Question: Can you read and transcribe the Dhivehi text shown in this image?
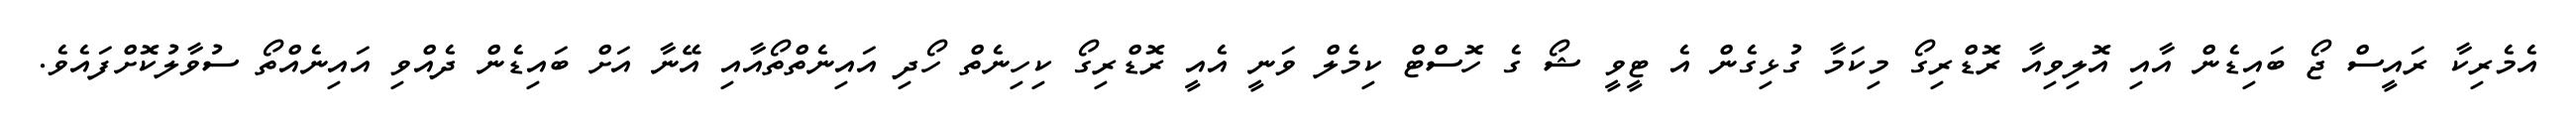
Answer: އެމެރިކާ ރައީސް ޖޯ ބައިޑެން އާއި އޮލިވިއާ ރޮޑްރިގޯ މިކަމާ ގުޅިގެން އެ ޓީވީ ޝޯ ގެ ހޮސްޓް ކިމެލް ވަނީ އެއީ ރޮޑްރިގޯ ކިހިނެތް ހޯދި އައިނެތްތޯއާއި އޭނާ އަށް ބައިޑެން ދެއްވި އައިނެއްތޯ ސުވާލުކޮށްފައެވެ.